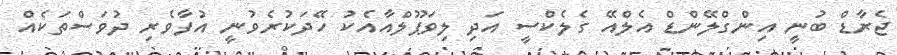
ޖެރާޑް ބުނީ އިންގްލޭންޑް އެލްއޭ ގެލެކްސީ އަދި ލިވަޕޫލްއާއެކު ހޭދަކުރެވުނީ އުފާވެރި ދުވަސްތަކެއް